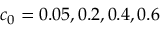
c _ { 0 } = 0 . 0 5 , 0 . 2 , 0 . 4 , 0 . 6